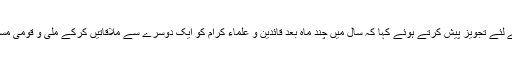
انہوں نے اتحاد ملت کے لئے تجویز پیش کرتے ہوئے کہا کہ سال میں چند ماہ بعد قائدین و علماء کرام کو ایک دوسرے سے ملاقاتیں کرکے ملی و قومی مسائل کو زیر بحث لائیں۔